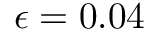
\epsilon = 0 . 0 4